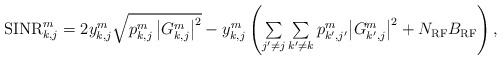
\begin{align*}\begin{array}{l}{\rm SINR}_{k,j}^m= 2y_{k,j}^m \sqrt{{p_{k,j}^m \left|G_{k,j}^m\right|^2}} -y_{k,j}^m \left({{\sum\limits_{j'\ne j} \sum\limits_{k'\ne {{k}}} {p_{k',j'}^{{m}} {{{ \left|G_{k',j}^m\right|^2 }} } } } + N_{\rm RF}B_{\rm RF} } \right),\end{array}\end{align*}